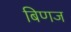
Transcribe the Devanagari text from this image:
बिणज